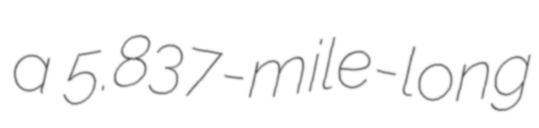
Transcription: a 5.837-mile-long